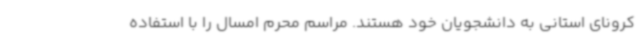
کرونای استانی به دانشجویان خود هستند. مراسم‌ محرم امسال را با استفاده